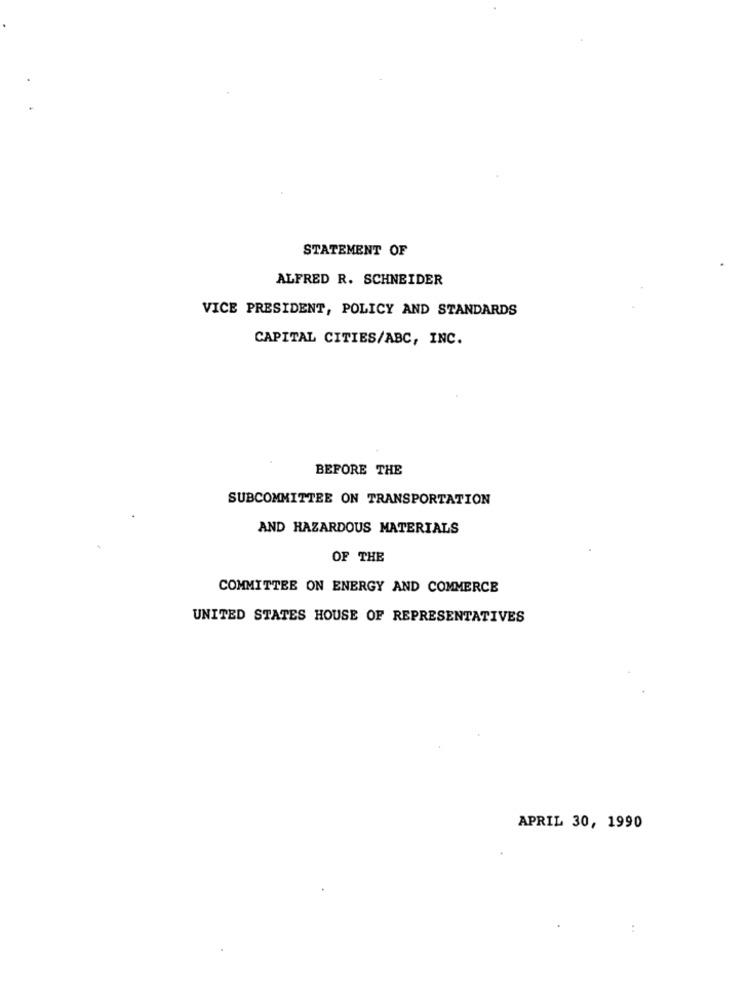
STATEMENT OF
ALFRED R. SCHNEIDER
VICE PRESIDENT, POLICY AND STANDARDS
CAPITAL CITIES/ABC, INC.
BEFORE THE
SUBCOMMITTEE ON TRANSPORTATION
AND HAZARDOUS MATERIALS
OF THE
COMMITTEE ON ENERGY AND COMMERCE
UNITED STATES HOUSE OF REPRESENTATIVES
APRIL 30, 1990